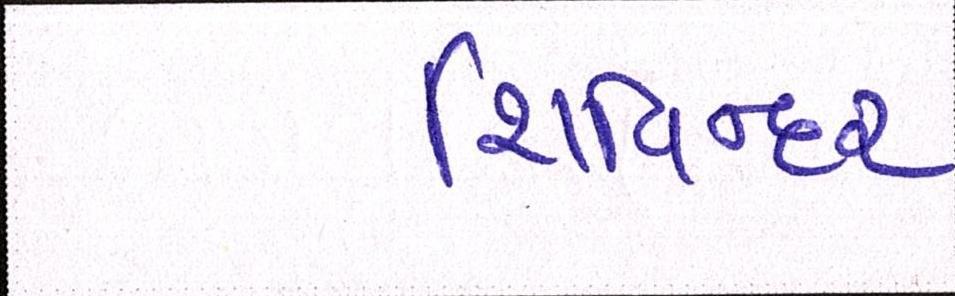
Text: શિવિન્દર